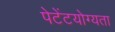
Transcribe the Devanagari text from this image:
पेटेंटयोग्यता